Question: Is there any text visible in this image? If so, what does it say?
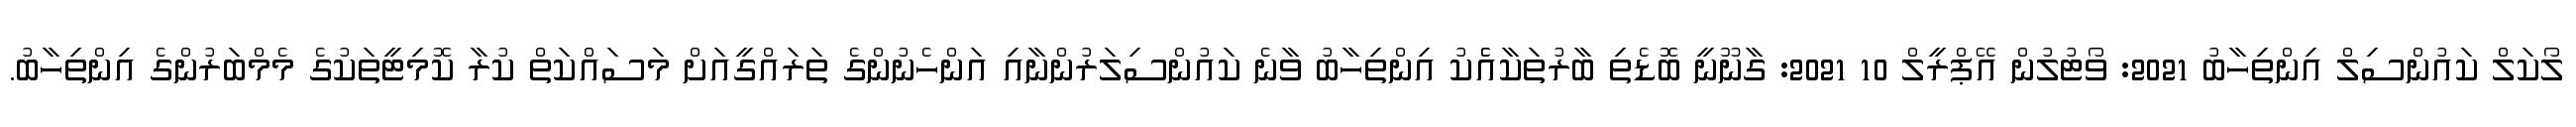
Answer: ލޯކަލް ކައުންސިލް އިންތިހާބު 2021: ވޯޓުލުން އޭޕްރީލް 10 2021: ގާނޫނީ ބޮޑެތި ބާރުތަކާއެެކު އިންތިހާބު ވާނެ ކައުންސިލަރުންނާއި އަންހެނުންގެ ތަރައްގީއަށް މަސައްކަތް ކުރާ ކޮމިޓީތަކުގެ މެމްބަރުންގެ އިންތިހާބު.